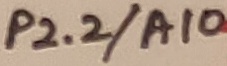
Text: P2.2/A10